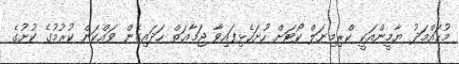
މުޙައްމަދު ޔާމީންއަކީ ކްރިމިނަލް ކޯޓަށް ހުށަހެޅިފައިވާ ޖަމާޢަތް ހަދައިގެން ވައްކަން ކުރުމުގެ ކުށުގެ